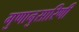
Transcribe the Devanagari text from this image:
गुणानुसारिणी